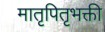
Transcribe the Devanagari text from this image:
मातृपितृभक्ती